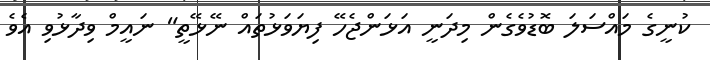
ކުނީގެ މައްސަލަ ބޮޑުވެގެން މިދަނީ އަޅަންޖެހޭ ފިޔަވަޅުތައް ނޭޅޭތީ" ނައީމް ވިދާޅުވި އެވެ